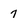
Character: 7